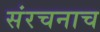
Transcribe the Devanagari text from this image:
संरचनाच